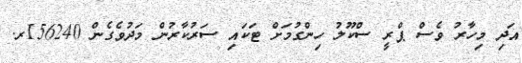
އަދި މިހާރު ވެސް ޕްރީ ސްކޫލު ހިންގުމަށް ޓަކައި ސަރުކާރުން މަދުވެގެން 156240ރ.